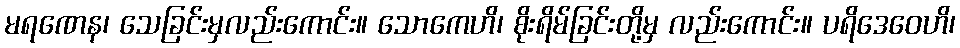
မရဏေန၊ သေခြင်းမှလည်းကောင်း။ သောကေဟိ၊ စိုးရိမ်ခြင်းတို့မှ လည်းကောင်း။ ပရိဒေဝေဟိ၊